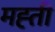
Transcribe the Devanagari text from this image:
मह्ती